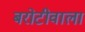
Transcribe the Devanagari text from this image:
बरोटीवाला